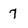
Character: 7